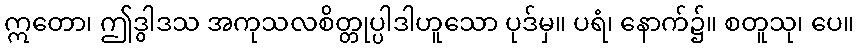
ဣတော၊ ဤဒွါဒသ အကုသလစိတ္တုပ္ပါဒါဟူသော ပုဒ်မှ။ ပရံ၊ နောက်၌။ စတူသု၊ ပေ။